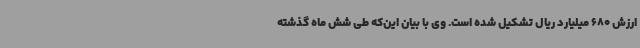
ارزش 680 میلیارد ریال تشکیل شده است. وی با بیان این‌که طی شش ماه گذشته